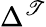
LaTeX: \Delta^{\mathscr{T}}